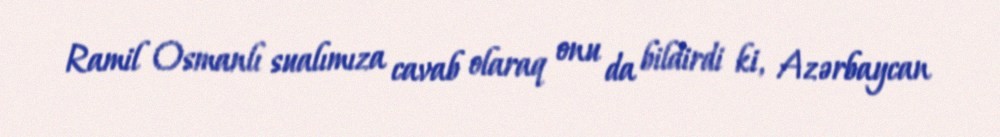
Ramil Osmanlı sualımıza cavab olaraq onu da bildirdi ki, Azərbaycan